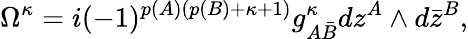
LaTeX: \Omega^{\kappa}=i(-1)^{p(A)(p(B)+\kappa+1)}g_{A{\bar{B}}}^{\kappa}dz^{A}\wedge d{\bar{z}}^{B},